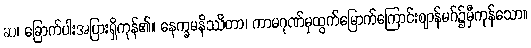
ဆ၊ ခြောက်ပါးအပြားရှိကုန်၏။ နေက္ခမနိဿိတာ၊ ကာမဂုဏ်မှထွက်မြောက်ကြောင်းဈာန်မဂ်၌မှီကုန်သော။